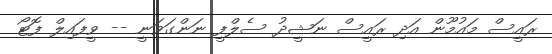
ރައީސް މައުމޫން އަދި ރައީސް ނަޝީދު ސެލްފީ ނަންގަވަނީ -- ވީފައިލް ފޮޓޯ